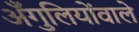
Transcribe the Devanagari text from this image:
अँगुलियोंवाले